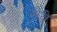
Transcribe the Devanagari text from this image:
सैव्रे